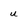
Character: u